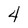
Character: 4